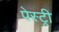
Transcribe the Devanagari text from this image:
पेस्‍ट्री